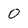
Character: 0